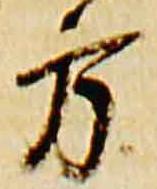
方